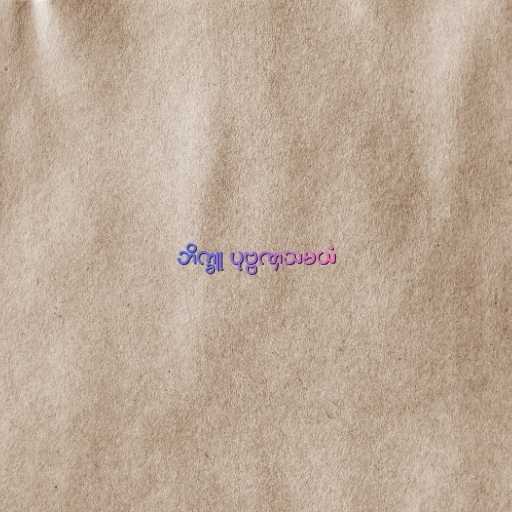
ဘိက္ခူ ပုဗ္ဗဏှသမယံ